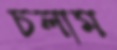
চলাম